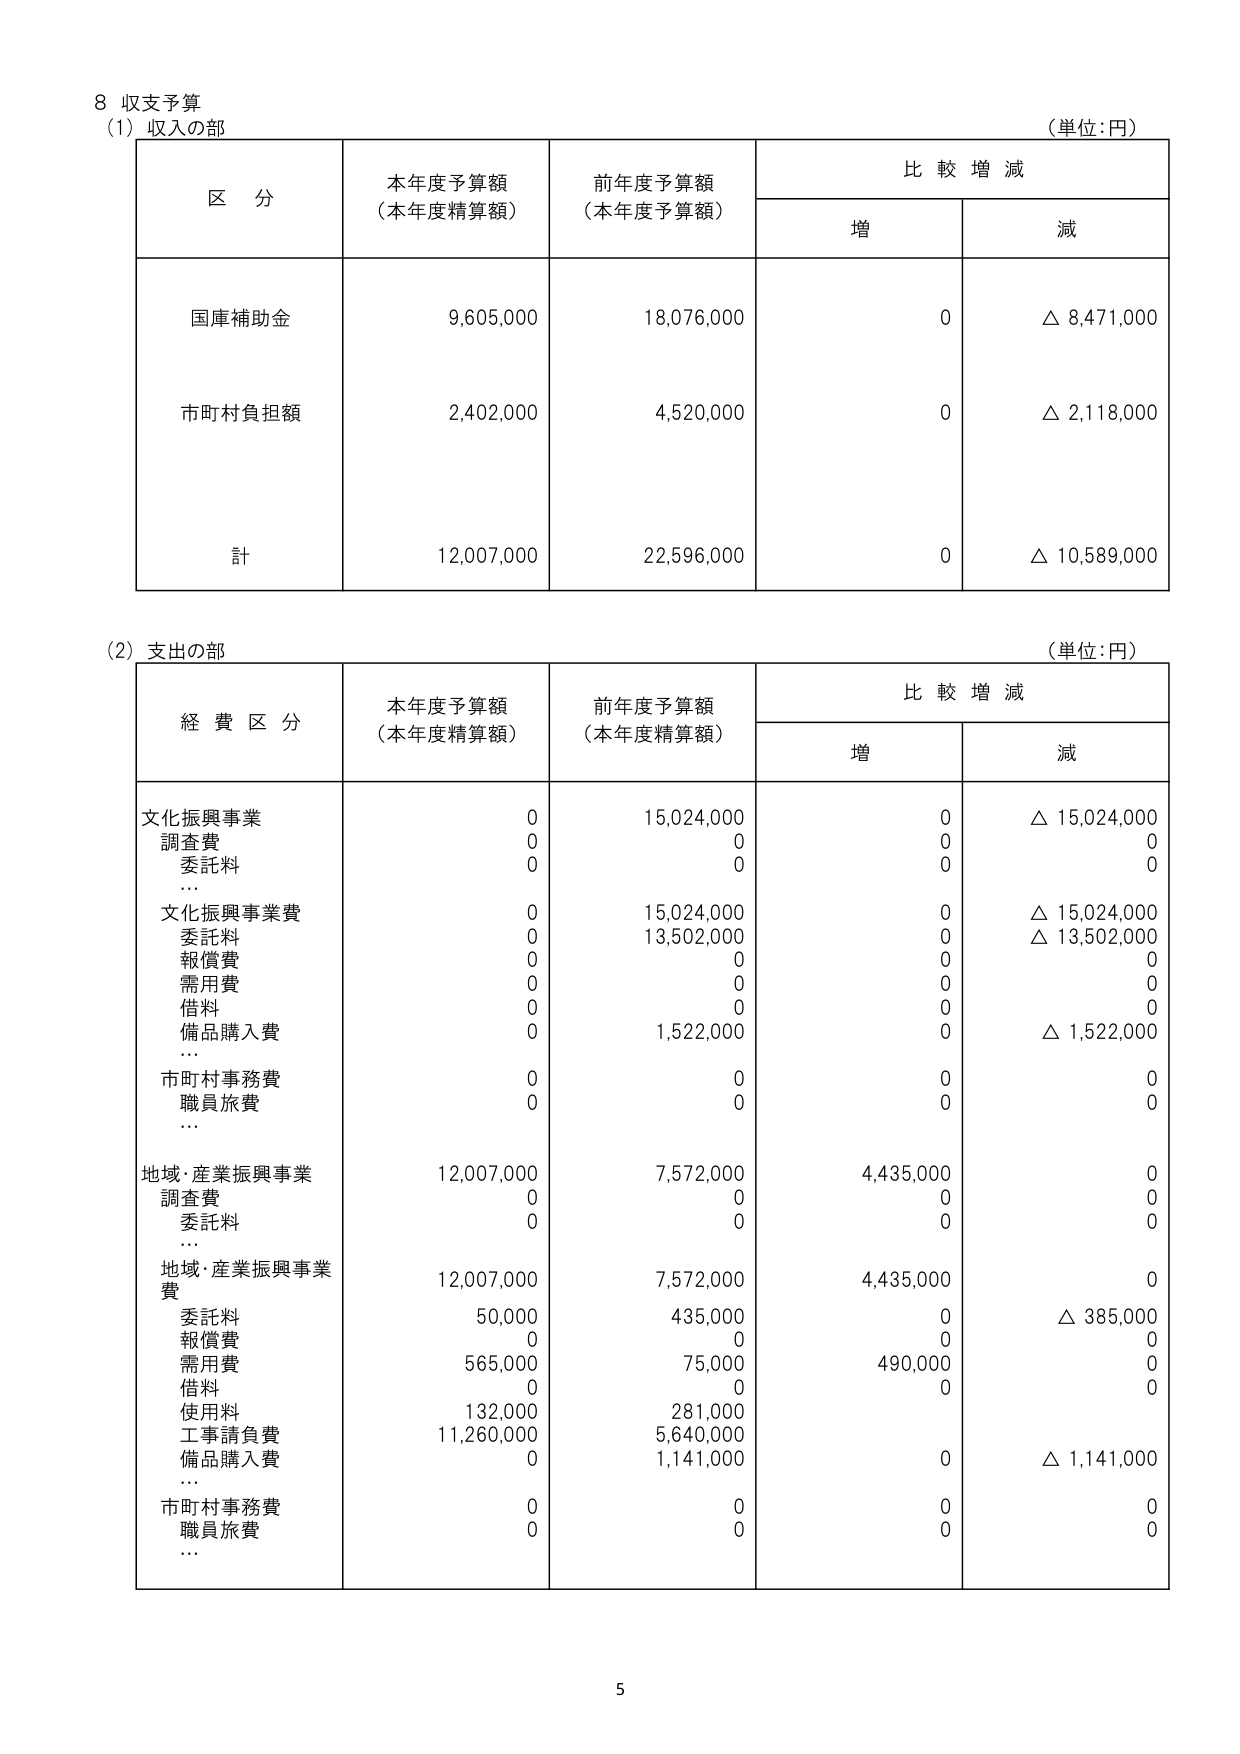
8 収支予算
(1) 収入の部
（単位：円）

区 分 本年度予算額（本年度精算額） 前年度予算額（本年度予算額） 比較増減